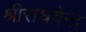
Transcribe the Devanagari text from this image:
श्रीराघवेन्द्र